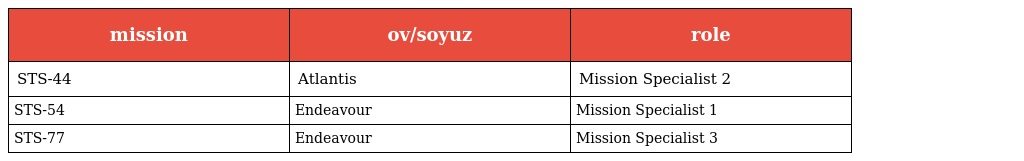
| mission | ov/soyuz | role |
 | --- | --- | --- |
 | STS-44 | Atlantis | Mission Specialist 2 |
 | STS-54 | Endeavour | Mission Specialist 1 |
 | STS-77 | Endeavour | Mission Specialist 3 |